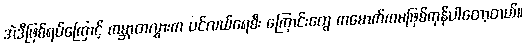
အဲဒီဖြစ်ရပ်ကြောင့် ကမ္ဘာတလွှားက ပင်လယ်ရေစီး ကြောင်းတွေ ကမောက်ကမဖြစ်ကုန်ပါတော့တယ်။